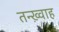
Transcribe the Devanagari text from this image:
तन्ख़्वाह